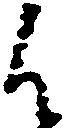
候